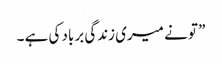
” تو نے میری زندگی برباد کی ہے ۔